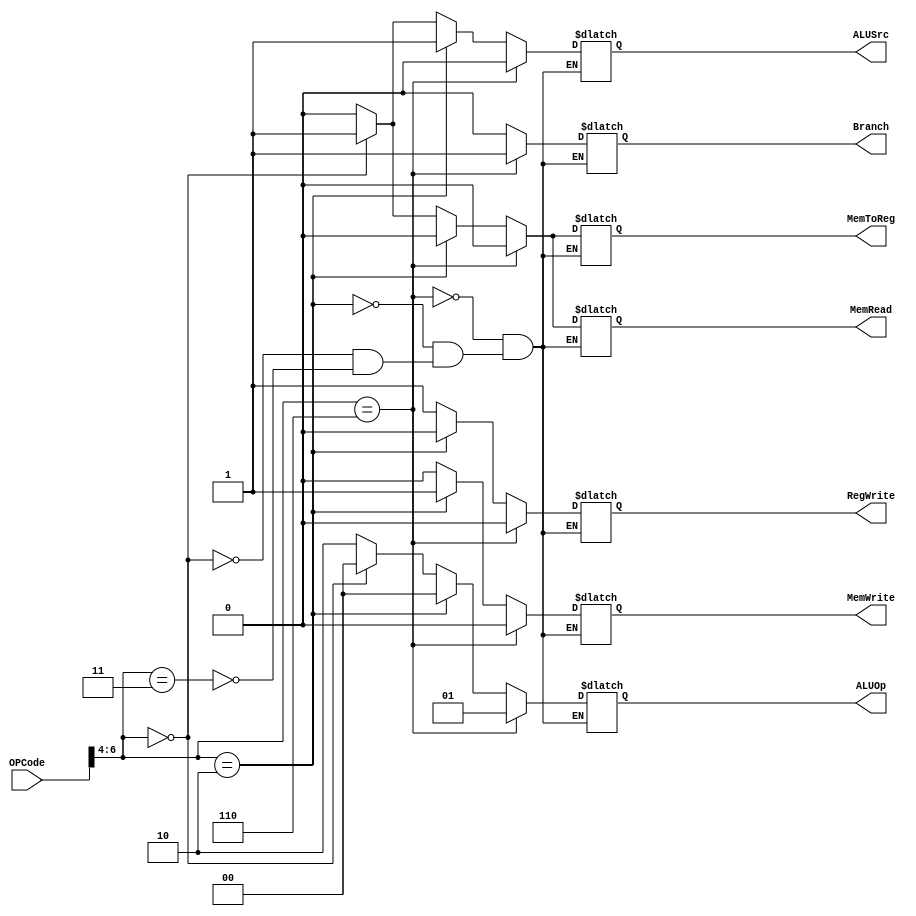
module Control_unit (
	input [6:0] OPCode,
	output reg [1:0] ALUOp,
	output reg Branch,
	output reg MemRead,
	output reg MemWrite,
	output reg MemToReg,
	output reg ALUSrc,
	output reg RegWrite
);

	always @(OPCode) 
	begin 
	
		if(OPCode[6:4] == 3'b011) begin //R-Type	
			ALUOp <= 2'b10;
			Branch <= 1'b0;
			MemWrite <= 1'b0;
			MemRead <= 1'b0;
			RegWrite <= 1'b1;
			MemToReg <= 1'b0;
			ALUSrc <= 1'b0;
		end

		if(OPCode[6:4] == 3'b000) begin //I-Type ld 
			ALUOp <= 2'b00;
			Branch <= 1'b0;
			MemWrite <= 1'b0;
			MemRead <= 1'b1;
			RegWrite <= 1'b1;
			MemToReg <= 1'b1;
			ALUSrc <= 1'b1;
		end

		if(OPCode[6:4] == 3'b010) begin //I-Type sd
			ALUOp <= 2'b00;
			Branch <= 1'b0;
			MemWrite <= 1'b1;
			MemRead <= 1'b0;
			RegWrite <= 1'b0;
			MemToReg <= 1'b0;
			ALUSrc <= 1'b1;
		end

		if(OPCode[6:4] == 3'b110) begin //SB-Type beq
			ALUOp <= 2'b01;
			Branch <= 1'b1;
			MemWrite <= 1'b0;
			MemRead <= 1'b0;
			RegWrite <= 1'b0;
			MemToReg <= 1'b0;
			ALUSrc <= 1'b0;
		end
	end
endmodule